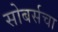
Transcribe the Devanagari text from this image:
सोबर्सचा